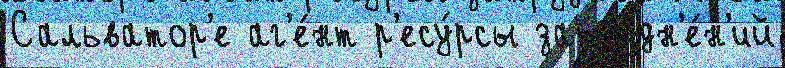
Сальватор'е аг'е́нт р'есу́рсы затрудн'е́н'ий